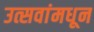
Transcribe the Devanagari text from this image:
उत्सवांमधून